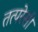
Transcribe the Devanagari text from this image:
तत्परेसी